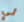
لي